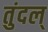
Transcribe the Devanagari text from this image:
तुंदल्